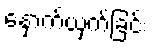
နှောက်ယှက်ခြင်း